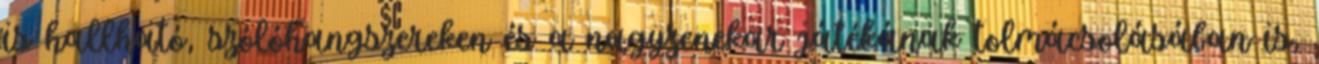
is hallható, szólóhangszereken és a nagyzenekar játékának tolmácsolásában is,